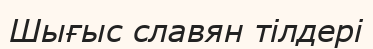
Шығыс славян тілдері